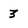
Character: 3